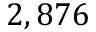
2 , 8 7 6